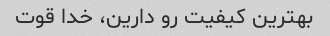
بهترین کیفیت رو دارین، خدا قوت